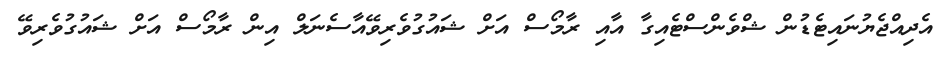
އެދިއްޖެޔުނައިޓެޑުން ޝްވެންސްޓެއިގާ އާއި ރާމޯސް އަށް ޝައުގުވެރިވޭއާސެނަލް އިން ރާމޯސް އަށް ޝައުގުވެރިވޭ